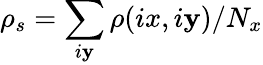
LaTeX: \rho_{s}=\sum_{i\mathbf{y}}\rho(ix,i\mathbf{y})/N_{x}